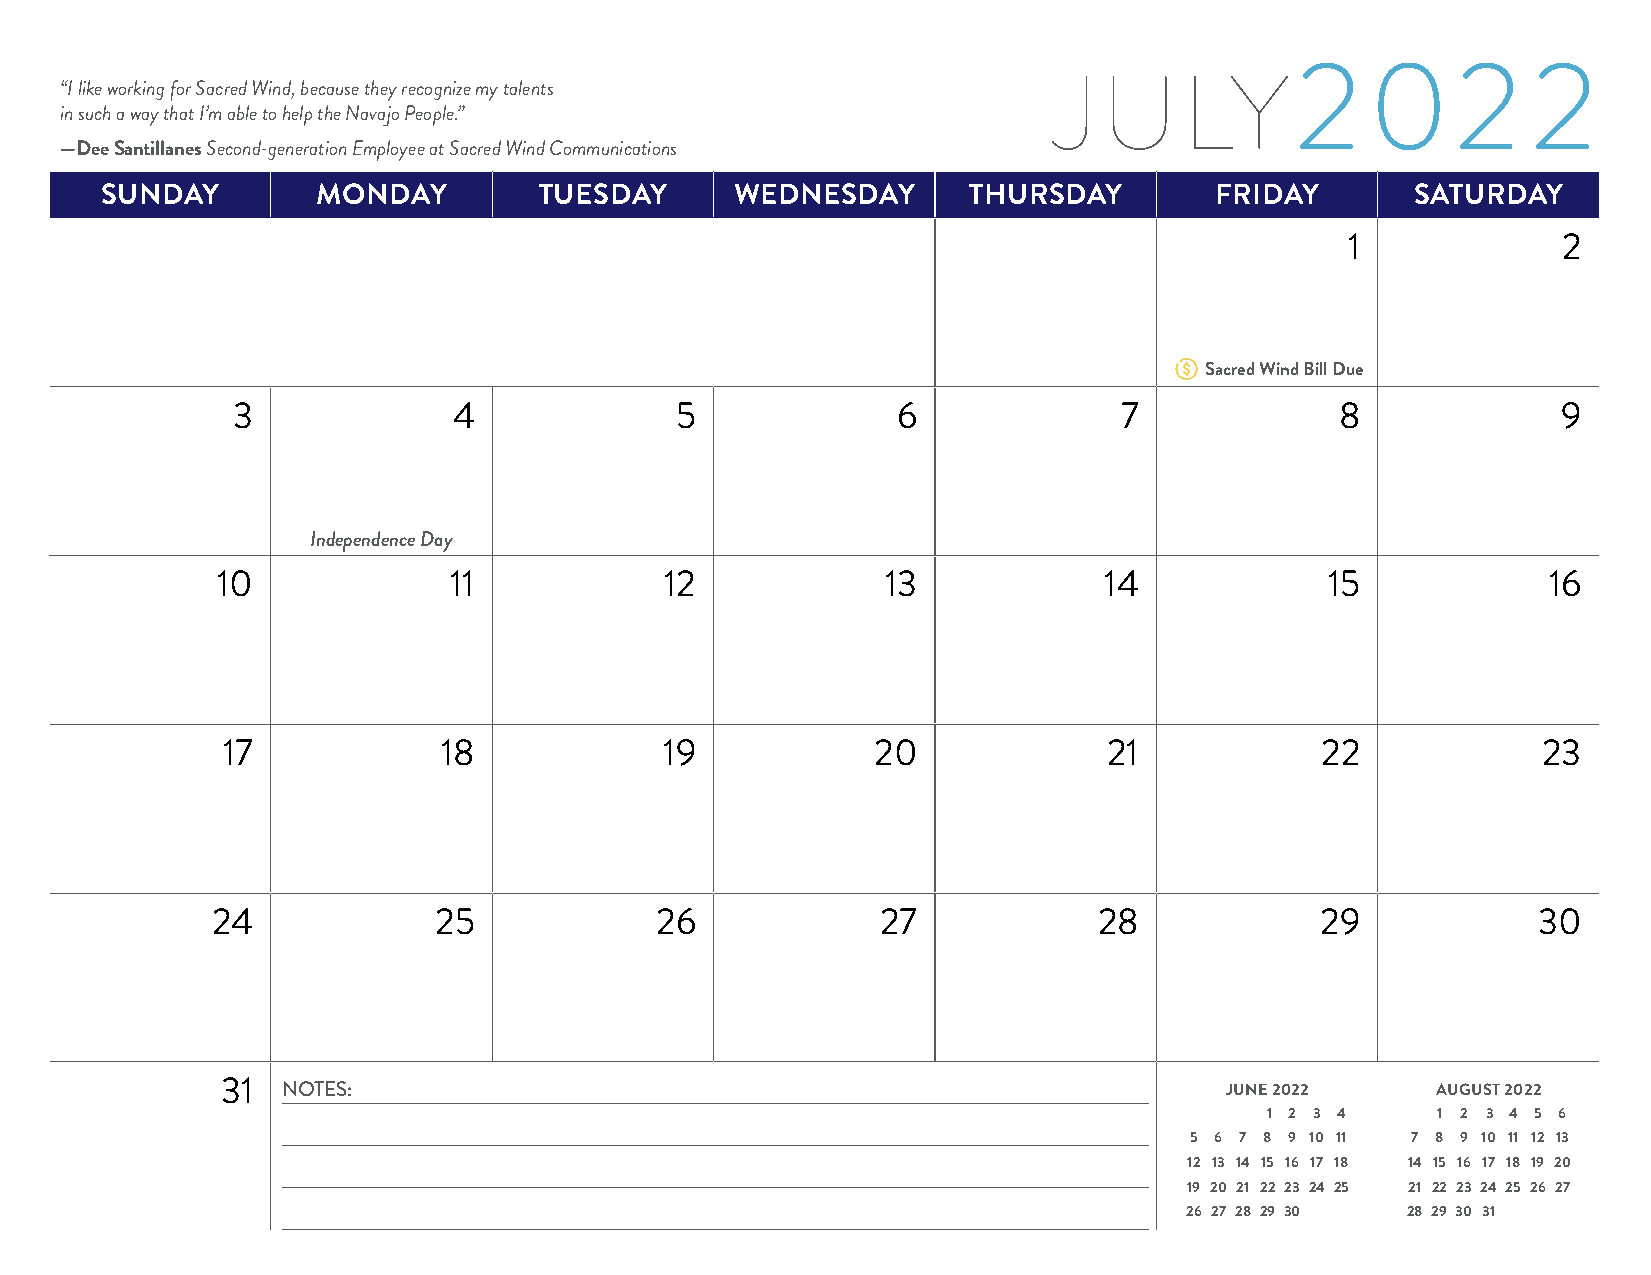
2    02        2
 “I like working for Sacred Wind, because they recognize my talents J ULY
 in such a way that I’m able to help the Navajo People.”
 —Dee Santillanes Second-generation Employee at Sacred Wind Communications
 SUNDAY        MONDAY         TUESDAY      WEDNESDAY      THURSDAY        FRIDAY        SATURDAY
 1             2
 Sacred Wind Bill Due
 3              4              5             6              7              8             9
 Independence Day
 10              11            12             13            14             15            16
 17            18             19            20             21            22             23
 24             25            26             27             28            29             30
 31  NOTES:                                                        JUNE 2022     AUGUST 2022
 1 2 3 4    1 2 3 4 5 6
 5 6 7 8 9 10 11 7 8 9 10 11 12 13
 12 13 14 15 16 17 18 14 15 16 17 18 19 20
 19 20 21 22 23 24 25 21 22 23 24 25 26 27
 26 27 28 29 30 28 29 30 31